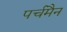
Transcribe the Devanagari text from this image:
पर्चमैन